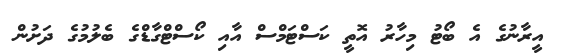
އީރާނުގެ އެ ބޯޓު މިހާރު އޮތީ ކަސްޓަމްސް އާއި ކޯސްޓްގާޑްގެ ބެލުމުގެ ދަށުން